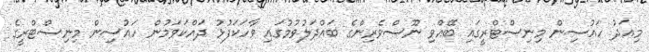
މިއަދު ހައުސިން މިނިސްޓްރީގައި ބޭއްވި ނޫސްވެރިންގެ ބައްދަލުވުމުގައި ވާހަކަފުޅު ދައްކަވަމުން ހައުސިން މިނިސްޓްރީގެ